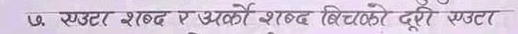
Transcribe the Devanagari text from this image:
एउटा शब्द र अर्को शब्द बीचको दूरी एउटा